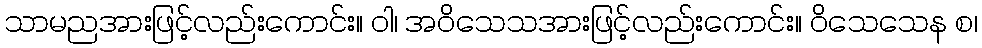
သာမညအားဖြင့်လည်းကောင်း။ ဝါ၊ အဝိသေသအားဖြင့်လည်းကောင်း။ ဝိသေသေန စ၊